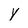
Character: y